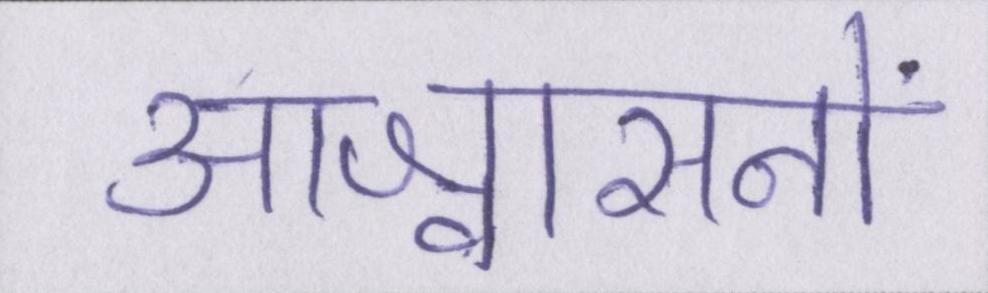
आश्वासनों